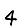
Digit: 4